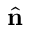
\hat { \mathbf { n } }